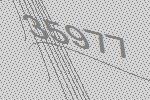
35977